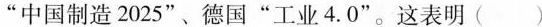
”中国制造2025”、德国”工业4.0”。这表明( )